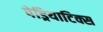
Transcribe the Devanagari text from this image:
पेड्रियाटिक्स